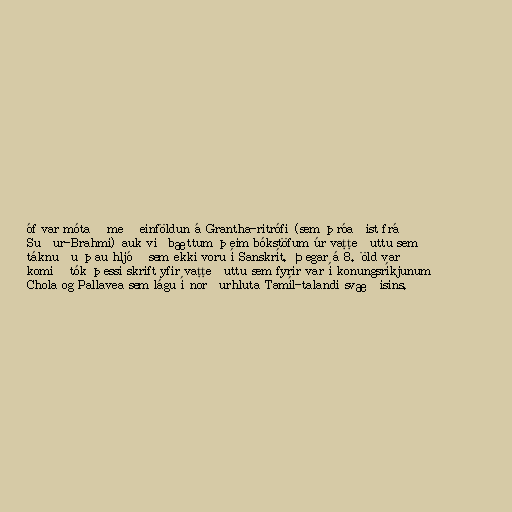
óf var mótað með einföldun á Grantha-ritrófi (sem þróaðist frá
Suður-Brahmi) auk viðbættum þeim bókstöfum úr vaṭṭeḻuttu sem
táknuðu þau hljóð sem ekki voru í Sanskrít. Þegar á 8. öld var
komið tók þessi skrift yfir vaṭṭeḻuttu sem fyrir var í konungsríkjunum
Chola og Pallavea sem lágu í norðurhluta Tamíl-talandi svæðisins.